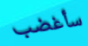
سأغضب